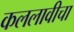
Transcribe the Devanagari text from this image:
कललावीचा